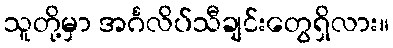
သူတို့မှာ အင်္ဂလိပ်သီချင်းတွေရှိလား။